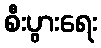
စီးပွားရေး